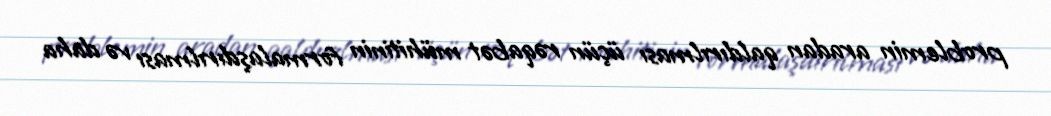
problemin aradan qaldırılması üçün rəqabət mühitinin formalaşdırılması və daha